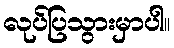
လုပ်ပြသွားမှာပါ။